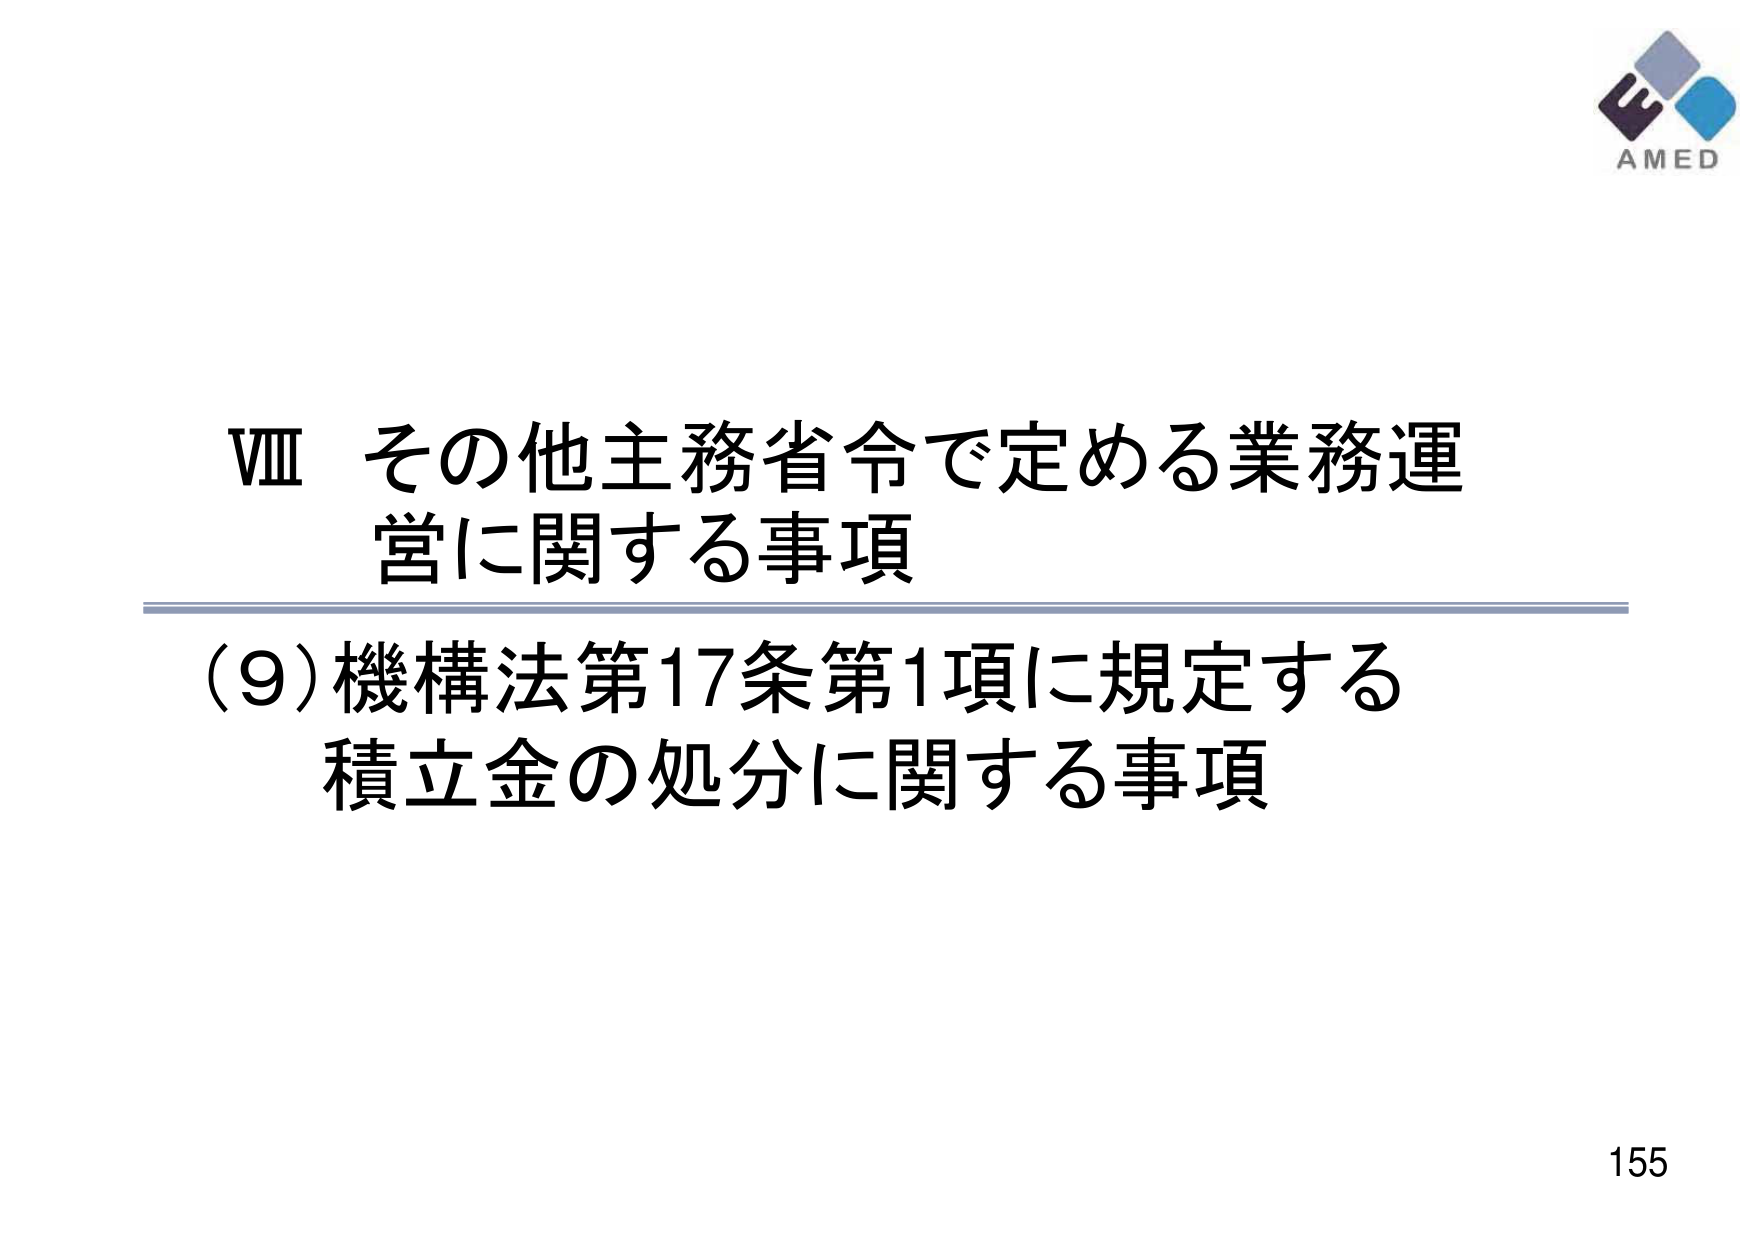
VIII その他主務省令で定める業務運営に関する事項
（9）機構法第17条第1項に規定する積立金の処分に関する事項
AMED
155